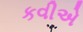
કવીએ